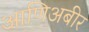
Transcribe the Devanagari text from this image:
आणिअबीर